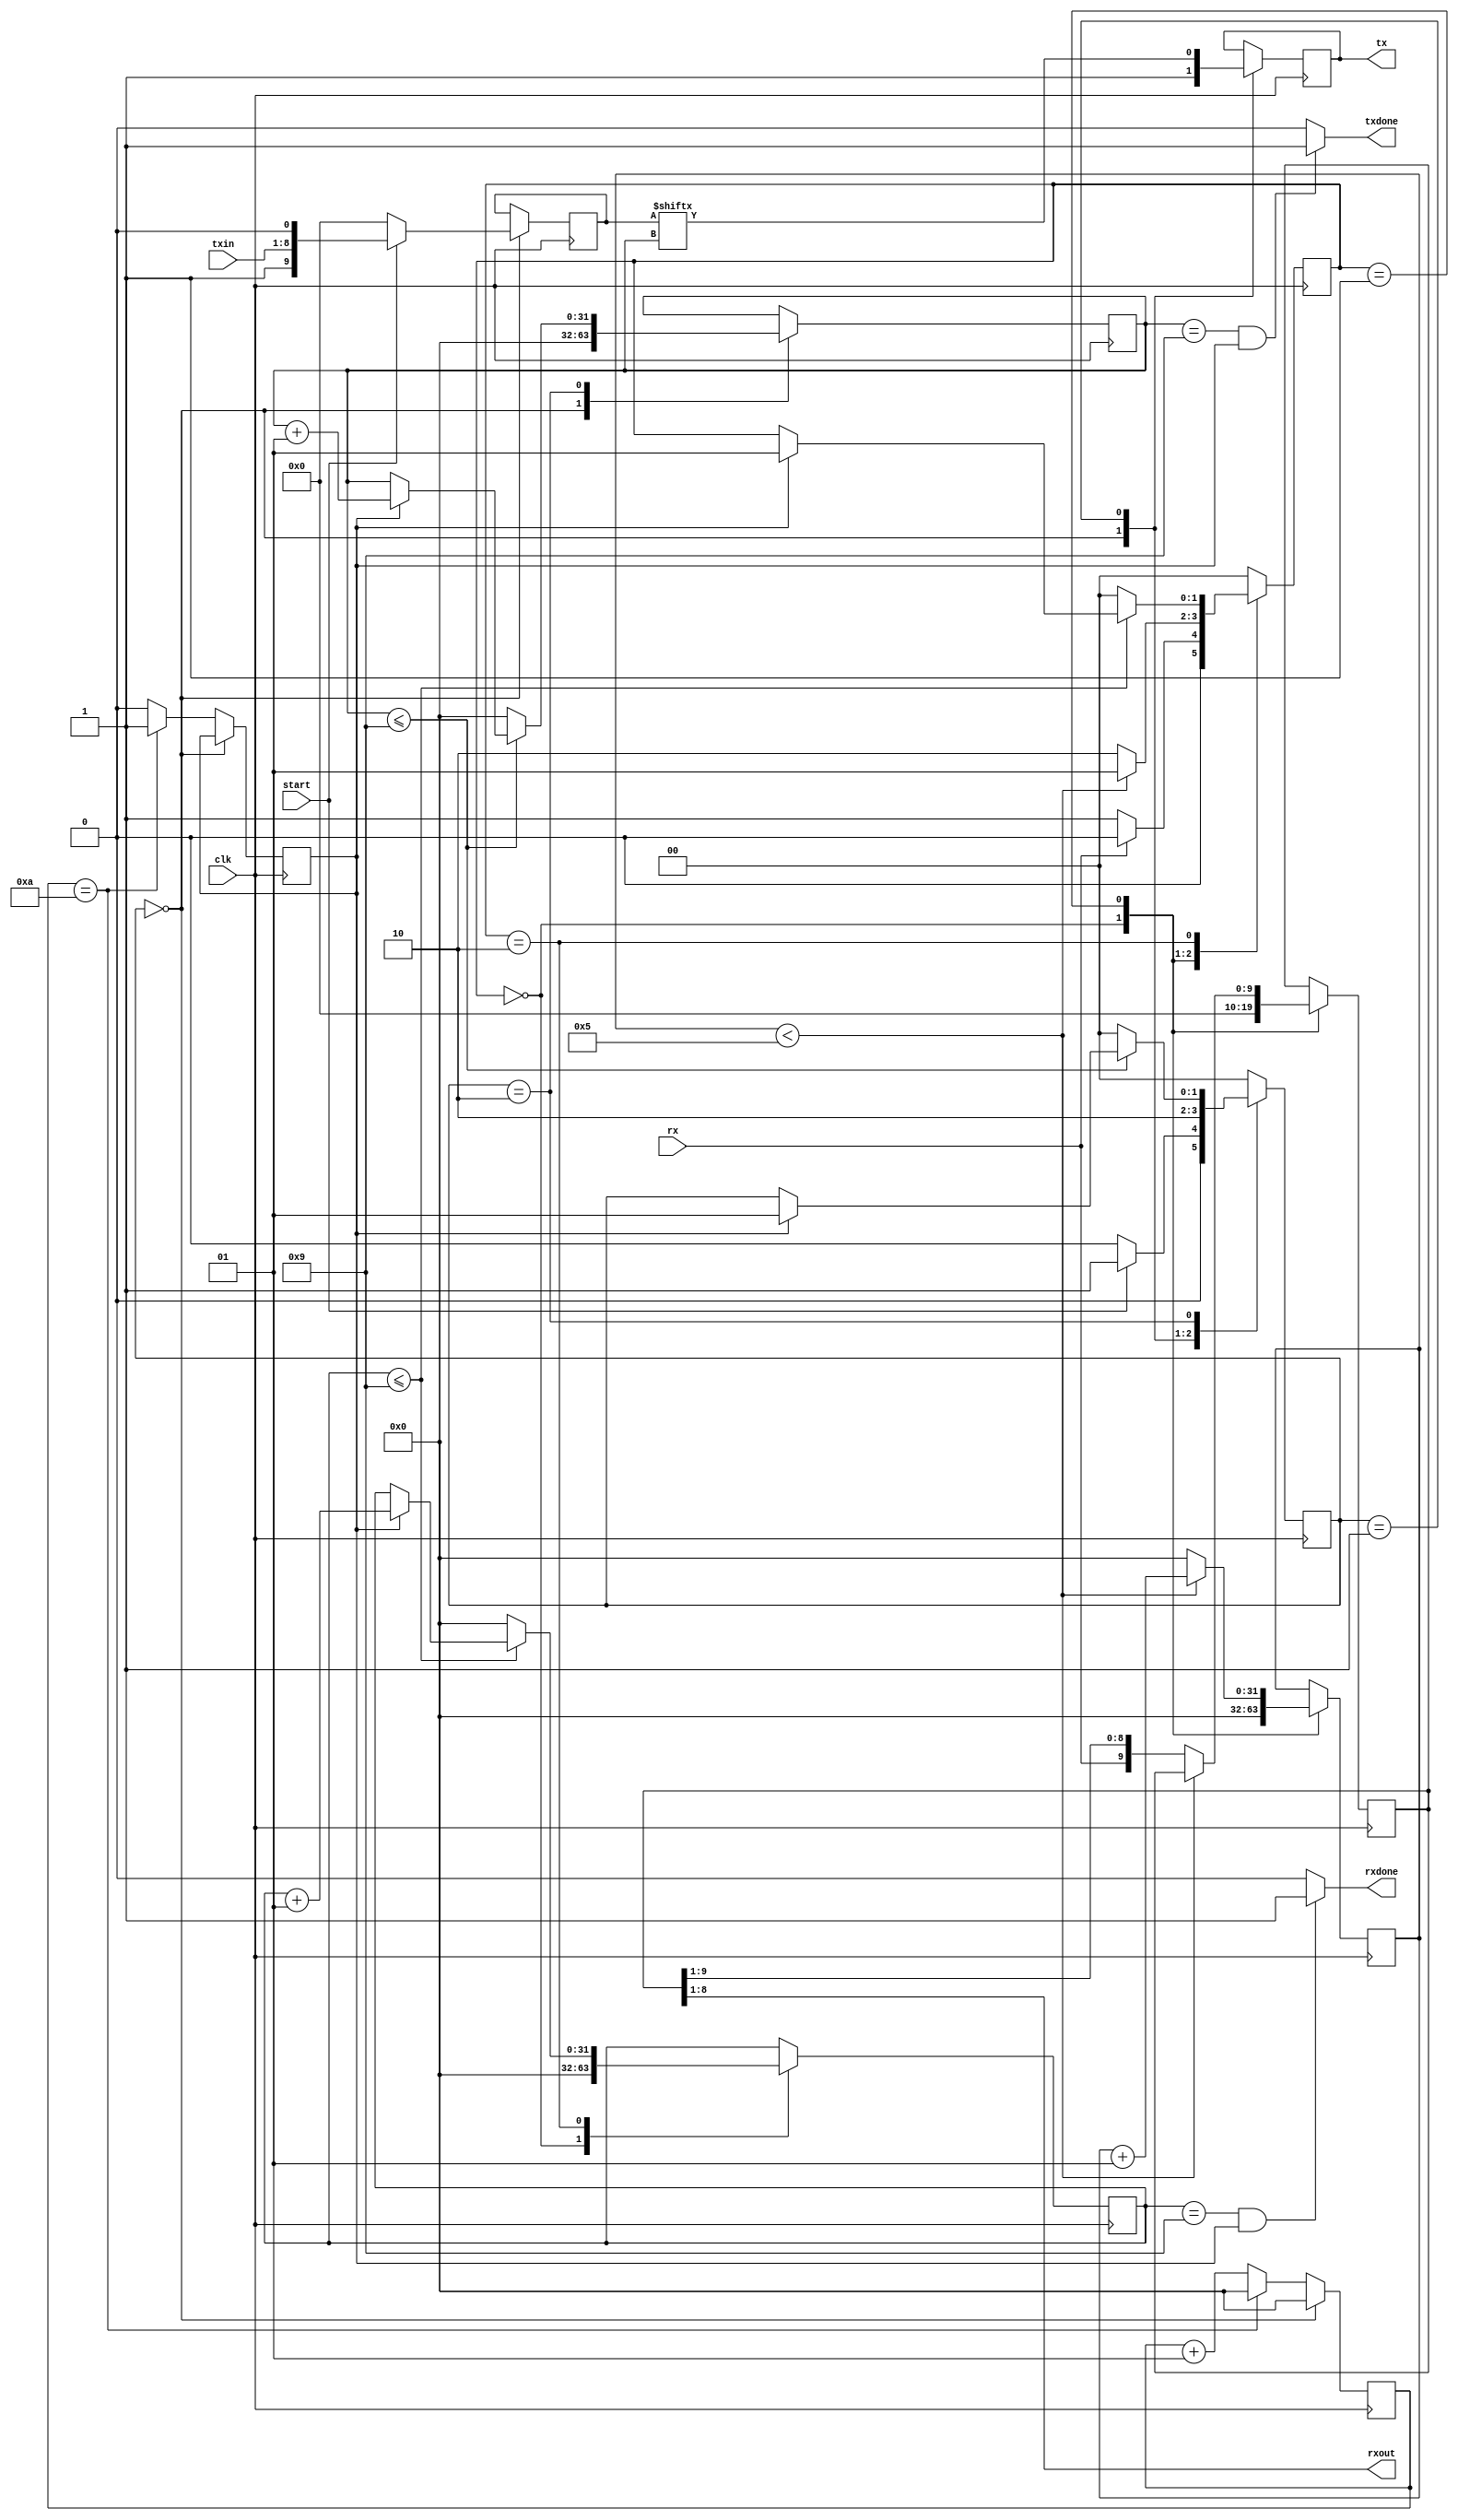
`timescale 1ns / 1ps
//////////////////////////////////////////////////////////////////////////////////
// Company: 
// Engineer: 
// 
// Design Name: UART Communication implementation in FPGA
// Module Name: Top
// Project Name: 
// Target Devices: 
// Tool Versions: 
// Description: 
// 
// Dependencies: 
// 
// Revision:
// Revision 0.01 - File Created
// Additional Comments:
// 
//////////////////////////////////////////////////////////////////////////////////


module top(
    input clk,
    input start,
    input [7:0] txin,
    output reg tx, 
    input rx,
    output [7:0] rxout,
    output rxdone, txdone
    );
    
 parameter clk_value = 100_000;
 parameter baud = 9600;
 
 parameter wait_count = clk_value / baud;
 
 reg bitDone = 0;
 integer count = 0;
 parameter idle = 0, send = 1, check = 2;
 reg [1:0] state = idle;
 
///////////////////Generate Trigger for Baud Rate
 always@(posedge clk)
 begin
  if(state == idle)
    begin 
    count <= 0;
    end
  else begin
    if(count == wait_count)
       begin
        bitDone <= 1'b1;
        count   <= 0;  
       end
    else
       begin
       count   <= count + 1;
       bitDone <= 1'b0;  
      end    
  end
 
 end
 
 ///////////////////////TX Logic
 reg [9:0] txData;///stop bit data start
 integer bitIndex = 0; ///reg [3:0];
 reg [9:0] shifttx = 0;
 
 
 always@(posedge clk)
 begin
 case(state)
 idle : 
     begin
           tx       <= 1'b1;
           txData   <= 0;
           bitIndex <= 0;
           shifttx  <= 0;
           
            if(start == 1'b1)
              begin
                txData <= {1'b1,txin,1'b0};
                state  <= send;
              end
            else
              begin           
               state <= idle;
              end
     end
 
  send: begin
           tx       <= txData[bitIndex];
           state    <= check;
           shifttx  <= {txData[bitIndex], shifttx[9:1]};
  end 
  
  check: 
  begin
       
           
               if(bitIndex <= 9) ///0 - 9 = 10
                  begin
                    if(bitDone == 1'b1)
                     begin
                     state <= send;
                     bitIndex <= bitIndex + 1;
                     end
                 end
                else
                begin
                state <= idle;
                bitIndex <= 0;
                end
            end
 
 default: state <= idle;
 
 endcase
 
 end
 
assign txdone = (bitIndex == 9 && bitDone == 1'b1) ? 1'b1 : 1'b0;
 
 
 ////////////////////////////////RX Logic
 integer rcount = 0;
 integer rindex = 0;
 parameter ridle = 0, rwait = 1, recv = 2, rcheck = 3;
 reg [1:0] rstate;
 reg [9:0] rxdata;
 always@(posedge clk)
 begin
 case(rstate)
 ridle : 
     begin
      rxdata <= 0;
      rindex <= 0;
      rcount <= 0;
        
         if(rx == 1'b0)
          begin
           rstate <= rwait;
          end
         else
           begin
           rstate <= ridle;
           end
     end
     
rwait : 
begin
      if(rcount < wait_count / 2)
         begin
          rcount <= rcount + 1;
          rstate <= rwait;
         end
     else
       begin
          rcount <= 0;
          rstate <= recv;
          rxdata <= {rx,rxdata[9:1]}; 
       end
end
 
 
recv : 
begin
     if(rindex <= 9) 
      begin
      if(bitDone == 1'b1) 
        begin
        rindex <= rindex + 1;
        rstate <= rwait;
        end
      end
      else
        begin
        rstate <= ridle;
        rindex <= 0;
        end
end
 
 
default : rstate <= ridle;
 
 
 endcase
 end
 
 
assign rxout = rxdata[8:1]; 
assign rxdone = (rindex == 9 && bitDone == 1'b1) ? 1'b1 : 1'b0;
 
 
 endmodule
 //////////////////////////////////